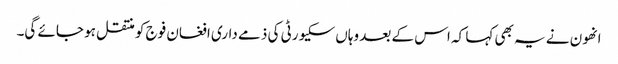
انھون نے یہ بھی کہا کہ اس کے بعد وہاں سکیورٹی کی ذمے داری افغان فوج کو منتقل ہو جائے گی۔